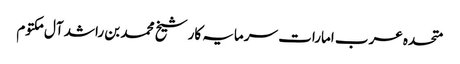
متحدہ عرب امارات سرمایہ کار شیخ محمد بن راشد آل مکتوم